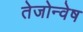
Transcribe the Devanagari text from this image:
तेजोन्वेष